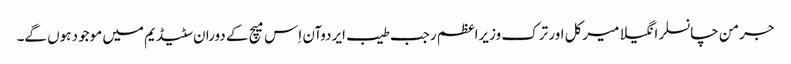
جرمن چانسلر انگیلا میرکل اور ترک وزیراعظم رجب طیب ایردوآن اِس میچ کے دوران سٹیڈیم میں موجود ہوں گے۔